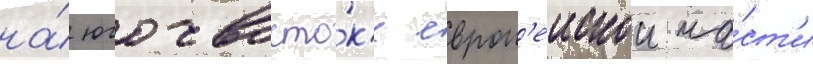
на́ юго-восто́к'е европ'еискои ча́ст'и